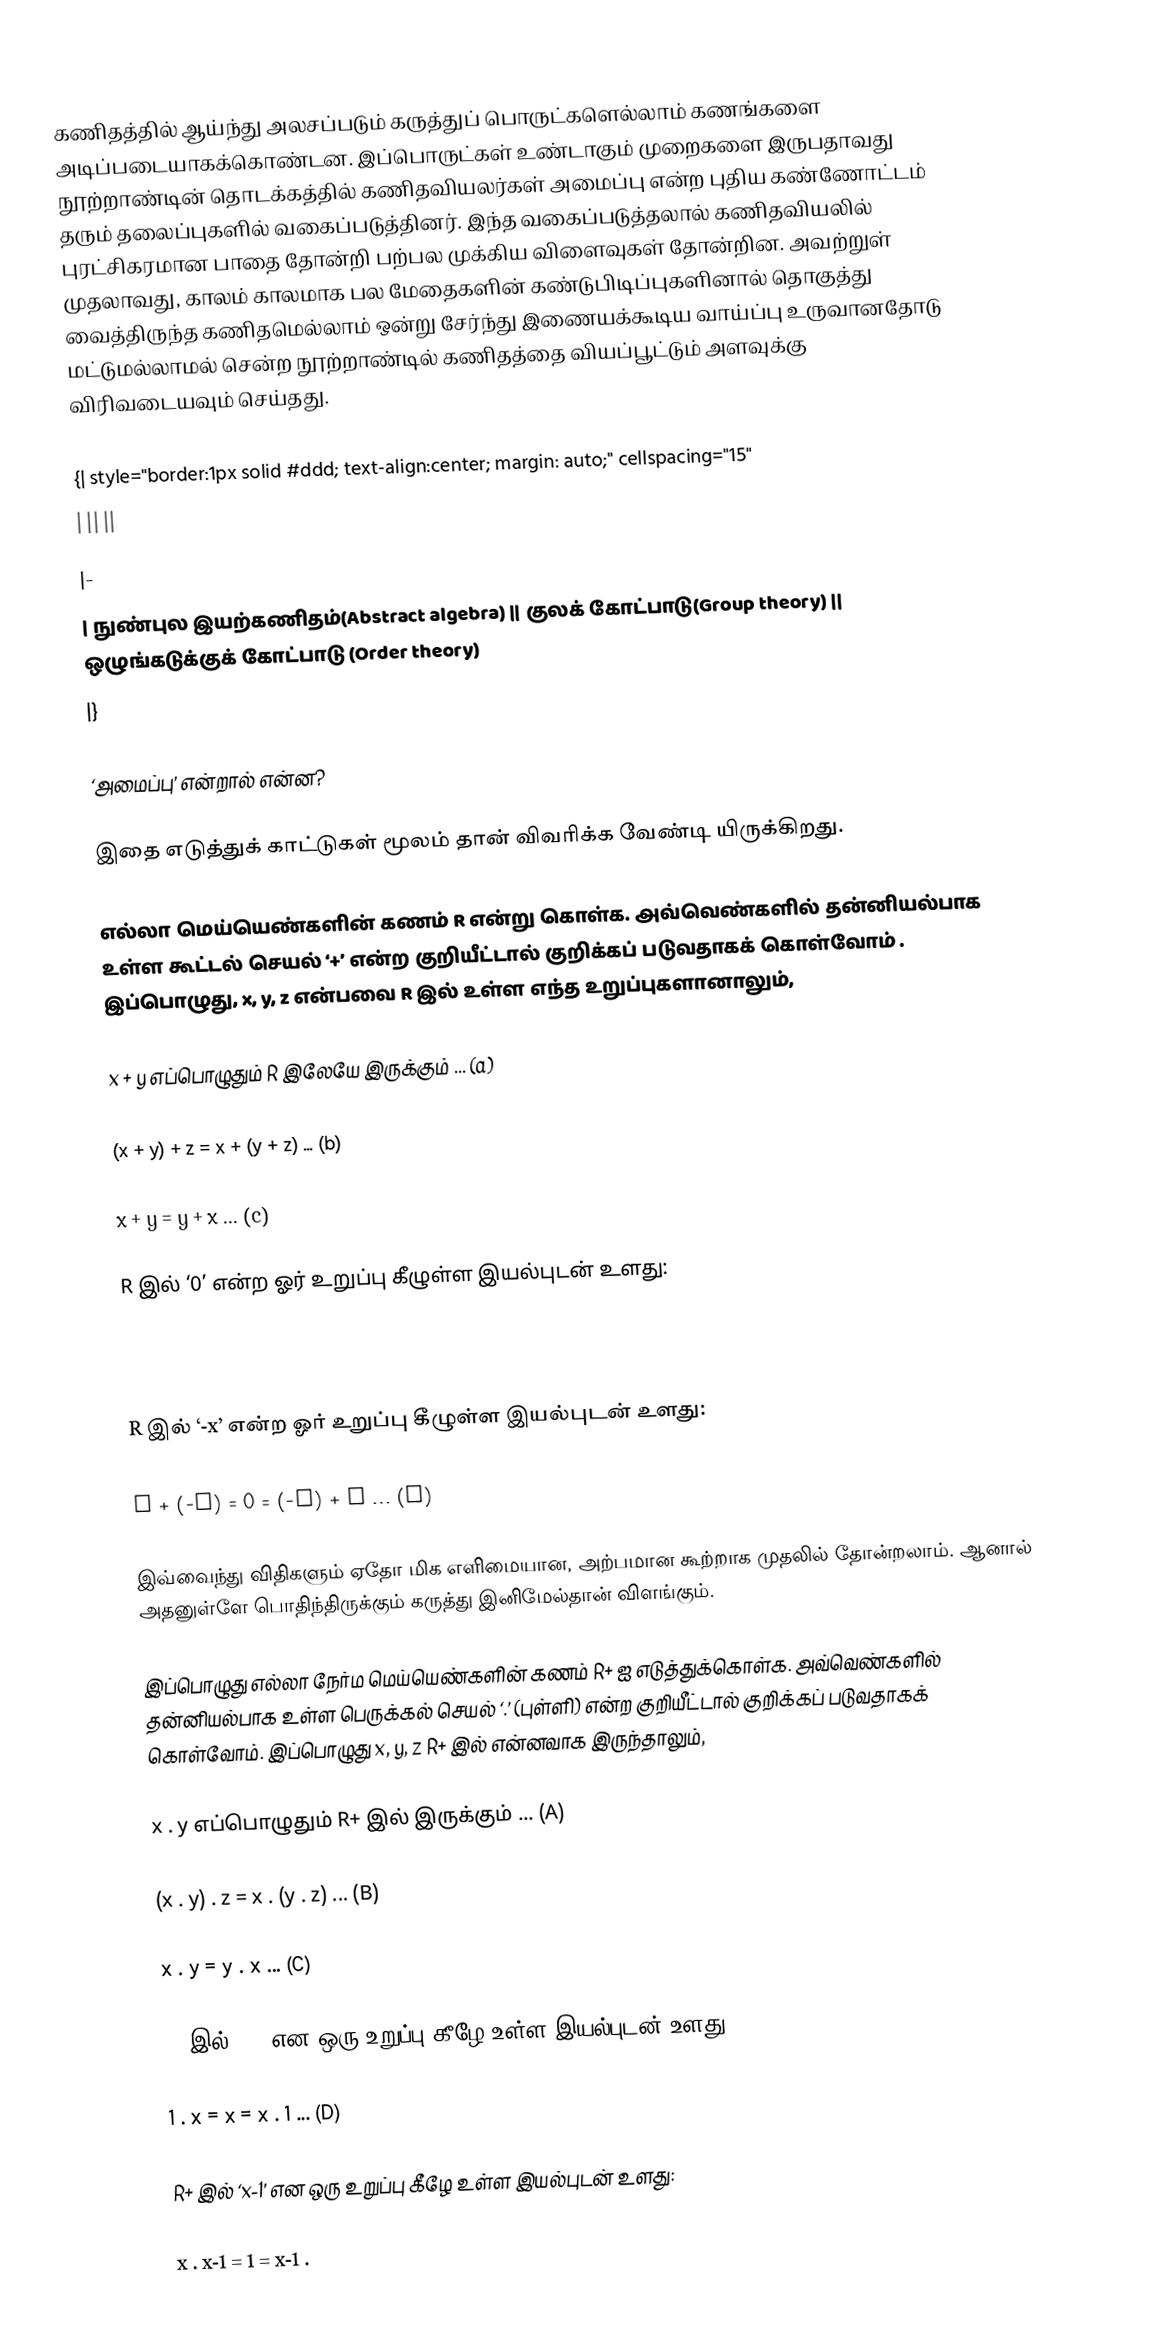
கணிதத்தில் ஆய்ந்து அலசப்படும் கருத்துப் பொருட்களெல்லாம் கணங்களை அடிப்படையாகக்கொண்டன. இப்பொருட்கள் உண்டாகும் முறைகளை இருபதாவது நூற்றாண்டின் தொடக்கத்தில் கணிதவியலர்கள் அமைப்பு என்ற புதிய கண்ணோட்டம் தரும் தலைப்புகளில் வகைப்படுத்தினர். இந்த வகைப்படுத்தலால் கணிதவியலில் புரட்சிகரமான பாதை தோன்றி பற்பல முக்கிய விளைவுகள் தோன்றின. அவற்றுள் முதலாவது, காலம் காலமாக பல மேதைகளின் கண்டுபிடிப்புகளினால் தொகுத்து வைத்திருந்த கணிதமெல்லாம் ஒன்று சேர்ந்து இணையக்கூடிய வாய்ப்பு உருவானதோடு மட்டுமல்லாமல் சென்ற நூற்றாண்டில் கணிதத்தை வியப்பூட்டும் அளவுக்கு விரிவடையவும் செய்தது.

{| style="border:1px solid #ddd; text-align:center; margin: auto;" cellspacing="15"
|  ||  ||
|-
| நுண்புல இயற்கணிதம்(Abstract algebra) || குலக் கோட்பாடு(Group theory) || ஒழுங்கடுக்குக் கோட்பாடு (Order theory)
|}

‘அமைப்பு’ என்றால் என்ன?

இதை எடுத்துக் காட்டுகள் மூலம் தான் விவரிக்க வேண்டி யிருக்கிறது.

எல்லா மெய்யெண்களின் கணம் R என்று கொள்க. அவ்வெண்களில் தன்னியல்பாக உள்ள கூட்டல் செயல் ‘+’ என்ற குறியீட்டால் குறிக்கப் படுவதாகக் கொள்வோம் . இப்பொழுது, x, y, z என்பவை R இல் உள்ள எந்த உறுப்புகளானாலும்,

x + y எப்பொழுதும் R இலேயே இருக்கும்		...		(a)

(x + y) + z = x + (y + z)				...		(b)

x + y = y + x  					...		(c)

R இல் ‘0’ என்ற ஓர் உறுப்பு கீழுள்ள இயல்புடன் உளது:

0 + x = x + 0 .					...		(d)

R இல் ‘-x’ என்ற ஓர் உறுப்பு கீழுள்ள இயல்புடன் உளது:

x + (-x) = 0 = (-x) + x				…		(e)

இவ்வைந்து விதிகளும் ஏதோ மிக எளிமையான, அற்பமான கூற்றாக முதலில் தோன்றலாம். ஆனால் அதனுள்ளே பொதிந்திருக்கும் கருத்து இனிமேல்தான் விளங்கும்.

இப்பொழுது எல்லா நேர்ம மெய்யெண்களின் கணம் R+ ஐ எடுத்துக்கொள்க. அவ்வெண்களில் தன்னியல்பாக உள்ள பெருக்கல் செயல் ‘.’ (புள்ளி) என்ற குறியீட்டால் குறிக்கப் படுவதாகக் கொள்வோம். இப்பொழுது x, y, z R+ இல் என்னவாக இருந்தாலும்,

x . y எப்பொழுதும் R+ இல் இருக்கும் 	...	(A)

(x . y) . z = x . (y . z)						...	(B)

x . y = y . x							... (C)

R+ இல் ‘1’ என ஒரு உறுப்பு கீழே உள்ள இயல்புடன் உளது:

1 . x = x = x . 1 						...	(D)

R+ இல் ‘x-1’ என ஒரு உறுப்பு கீழே உள்ள இயல்புடன் உளது:

x . x-1 = 1 = x-1 .